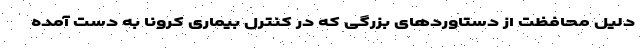
دلیل محافظت از دستاوردهای بزرگی که در کنترل بیماری کرونا به دست آمده